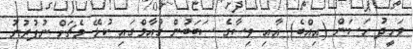
ވަހީދު ހަސަން (އިއްބެ) އާއި ވިސާގެ ސަބަބުން ގުއާމްގައި ކުޅޭ މެޗަށް ނުފުރުނު